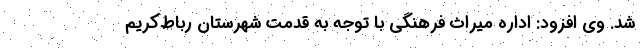
شد. وی افزود: اداره میراث فرهنگی ‌با توجه به قدمت شهرستان رباط‌کریم